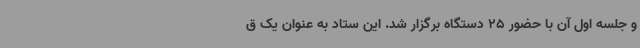
و جلسه اول آن با حضور 25 دستگاه برگزار شد. این ستاد به عنوان یک ق